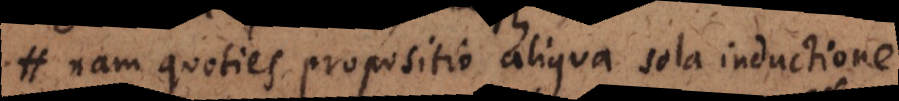
nam quoties propositio aliqua sola inductione